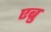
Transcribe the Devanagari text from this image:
एब्रु